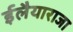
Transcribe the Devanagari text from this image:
ईलैयाराजा